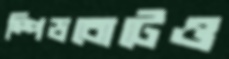
স্পিডবোটেও